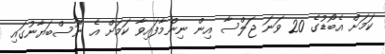
ކަމަށް އެބޯޑުގެ 20 ވަނަ ޖަލްސާ އިން ނިންމާފައިވާ ކަމަށް އެ ނޫސްބަޔާނުގައި